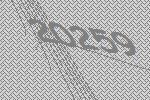
20259